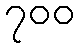
၇၀၀